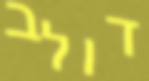
דולב